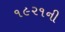
૧૯૨૧ની